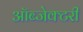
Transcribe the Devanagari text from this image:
ऑब्जेक्टरी